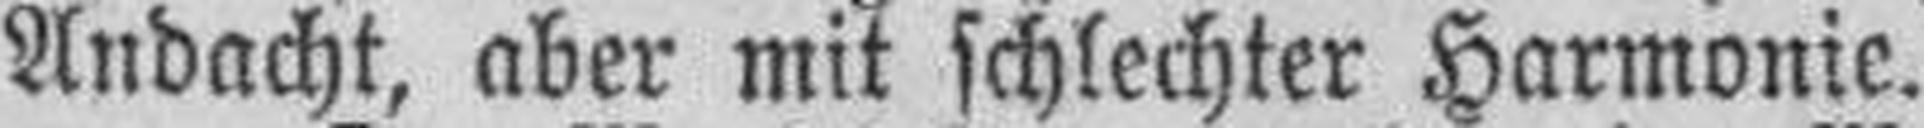
Andacht, aber mit schlechter Harmonie.